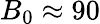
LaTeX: B_{0}\approx 90